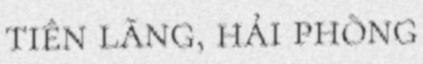
tiên lãng, hải phòng